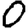
Digit: 0